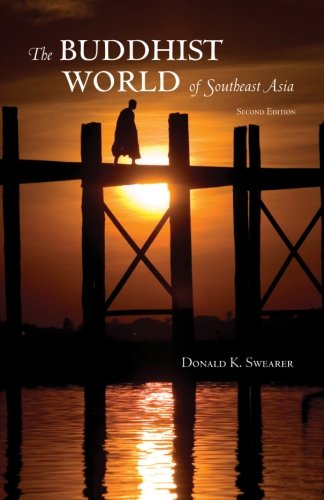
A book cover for The Buddhist World of Southeast Asia: Second Edition (SUNY Series in Religious Studies); Donald K. Swearer; Religion & Spirituality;